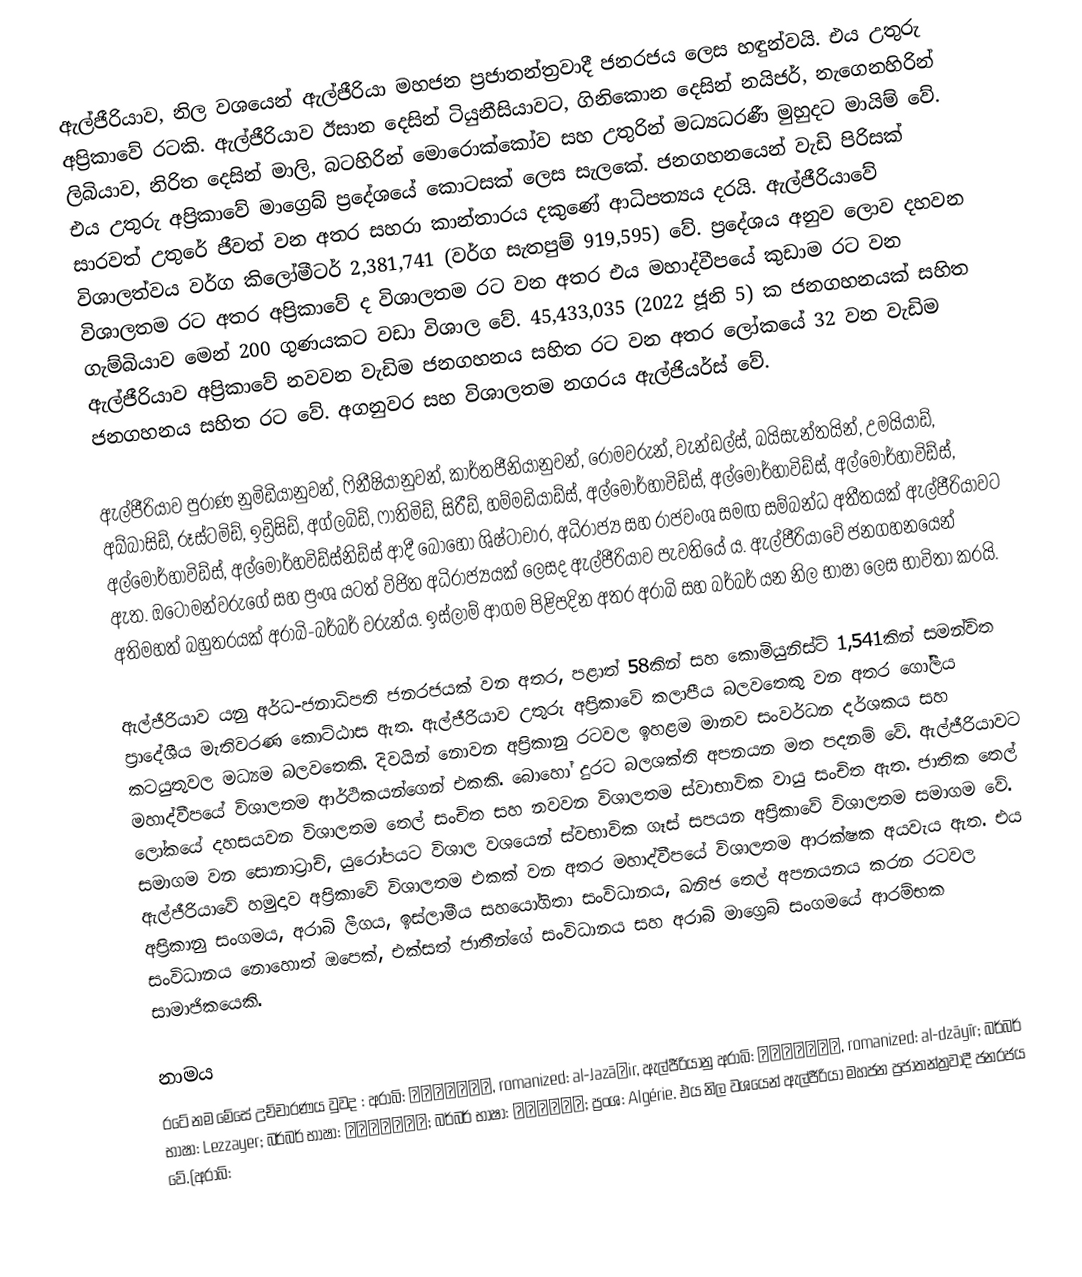
ඇල්ජීරියාව, නිල වශයෙන් ඇල්ජීරියා මහජන ප්‍රජාතන්ත්‍රවාදී ජනරජය ලෙස හඳුන්වයි. එය උතුරු අප්‍රිකාවේ රටකි. ඇල්ජීරියාව ඊසාන දෙසින් ටියුනීසියාවට, ගිනිකොන දෙසින් නයිජර්, නැගෙනහිරින් ලිබියාව, නිරිත දෙසින් මාලි, බටහිරින් මොරොක්කෝව සහ උතුරින් මධ්‍යධරණී මුහුදට මායිම් වේ. එය උතුරු අප්‍රිකාවේ මාග්‍රෙබ් ප්‍රදේශයේ කොටසක් ලෙස සැලකේ. ජනගහනයෙන් වැඩි පිරිසක් සාරවත් උතුරේ ජීවත් වන අතර සහරා කාන්තාරය දකුණේ ආධිපත්‍යය දරයි. ඇල්ජීරියාවේ විශාලත්වය වර්ග කිලෝමීටර් 2,381,741 (වර්ග සැතපුම් 919,595) වේ. ප්‍රදේශය අනුව ලොව දහවන විශාලතම රට අතර අප්‍රිකාවේ ද විශාලතම රට වන අතර එය මහාද්වීපයේ කුඩාම රට වන ගැම්බියාව මෙන් 200 ගුණයකට වඩා විශාල වේ. 45,433,035 (2022 ජූනි 5) ක ජනගහනයක් සහිත ඇල්ජීරියාව අප්‍රිකාවේ නවවන වැඩිම ජනගහනය සහිත රට වන අතර ලෝකයේ 32 වන වැඩිම ජනගහනය සහිත රට වේ. අගනුවර සහ විශාලතම නගරය ඇල්ජියර්ස් වේ.

ඇල්ජීරියාව පුරාණ නුමිඩියානුවන්, ෆිනීෂියානුවන්, කාර්තජීනියානුවන්, රෝමවරුන්, වැන්ඩල්ස්, බයිසැන්තයින්, උමයියාඩ්, අබ්බාසිඩ්, රූස්ටමිඩ්, ඉඩ්‍රිසිඩ්, අග්ලබිඩ්, ෆාතිමිඩ්, සිරීඩ්, හම්මඩියාඩ්ස්, අල්මෝර්හාවිඩ්ස්, අල්මෝර්හාවිඩ්ස්, අල්මෝර්හාවිඩ්ස්, අල්මෝර්හාවිඩ්ස්, අල්මෝර්හවිඩ්ස්නිඩ්ස් ආදී බොහෝ ශිෂ්ටාචාර, අධිරාජ්‍ය සහ රාජවංශ සමඟ සම්බන්ධ අතීතයක් ඇල්ජීරියාවට ඇත. ඔටෝමන්වරුගේ සහ ප්‍රංශ යටත් විජිත අධිරාජ්‍යයක් ලෙසද ඇල්ජීරියාව පැවතියේ ය. ඇල්ජීරියාවේ ජනගහනයෙන් අතිමහත් බහුතරයක් අරාබි-බර්බර් වරුන්ය. ඉස්ලාම් ආගම පිළිපදින අතර අරාබි සහ බර්බර් යන නිල භාෂා ලෙස භාවිතා කරයි.

ඇල්ජීරියාව යනු අර්ධ-ජනාධිපති ජනරජයක් වන අතර, පළාත් 58කින් සහ කොමියුනිස්ට් 1,541කින් සමන්විත ප්‍රාදේශීය මැතිවරණ කොට්ඨාස ඇත. ඇල්ජීරියාව උතුරු අප්‍රිකාවේ කලාපීය බලවතෙකු වන අතර ගෝලීය කටයුතුවල මධ්‍යම බලවතෙකි. දිවයින් නොවන අප්‍රිකානු රටවල ඉහළම මානව සංවර්ධන දර්ශකය සහ මහාද්වීපයේ විශාලතම ආර්ථිකයන්ගෙන් එකකි. බොහෝ දුරට බලශක්ති අපනයන මත පදනම් වේ. ඇල්ජීරියාවට ලෝකයේ දහසයවන විශාලතම තෙල් සංචිත සහ නවවන විශාලතම ස්වාභාවික වායු සංචිත ඇත. ජාතික තෙල් සමාගම වන සොනාට්‍රාච්, යුරෝපයට විශාල වශයෙන් ස්වභාවික ගෑස් සපයන අප්‍රිකාවේ විශාලතම සමාගම වේ. ඇල්ජීරියාවේ හමුදාව අප්‍රිකාවේ විශාලතම එකක් වන අතර මහාද්වීපයේ විශාලතම ආරක්ෂක අයවැය ඇත. එය අප්‍රිකානු සංගමය, අරාබි ලීගය, ඉස්ලාමීය සහයෝගිතා සංවිධානය, ඛනිජ තෙල් අපනයනය කරන රටවල සංවිධානය නොහොත් ඔපෙක්, එක්සත් ජාතීන්ගේ සංවිධානය සහ අරාබි මාග්‍රෙබ් සංගමයේ ආරම්භක සාමාජිකයෙකි.

නාමය
රටේ නම මේසේ උච්චාරණය වුවද : අරාබි: الجزائر, romanized: al-Jazāʾir, ඇල්ජීරියානු අරාබි: الدزاير, romanized: al-dzāyīr; බර්බර් භාෂා: Lezzayer; බර්බර් භාෂා: ⵍⴻⵣⴰⵢⴻⵔ; බර්බර් භාෂා: لزّاير; ප්‍රංශ: Algérie. එය නිල වශයෙන් ඇල්ජීරියා මහජන ප්‍රජාතන්ත්‍රවාදී ජනරජය වේ.(අරාබි: